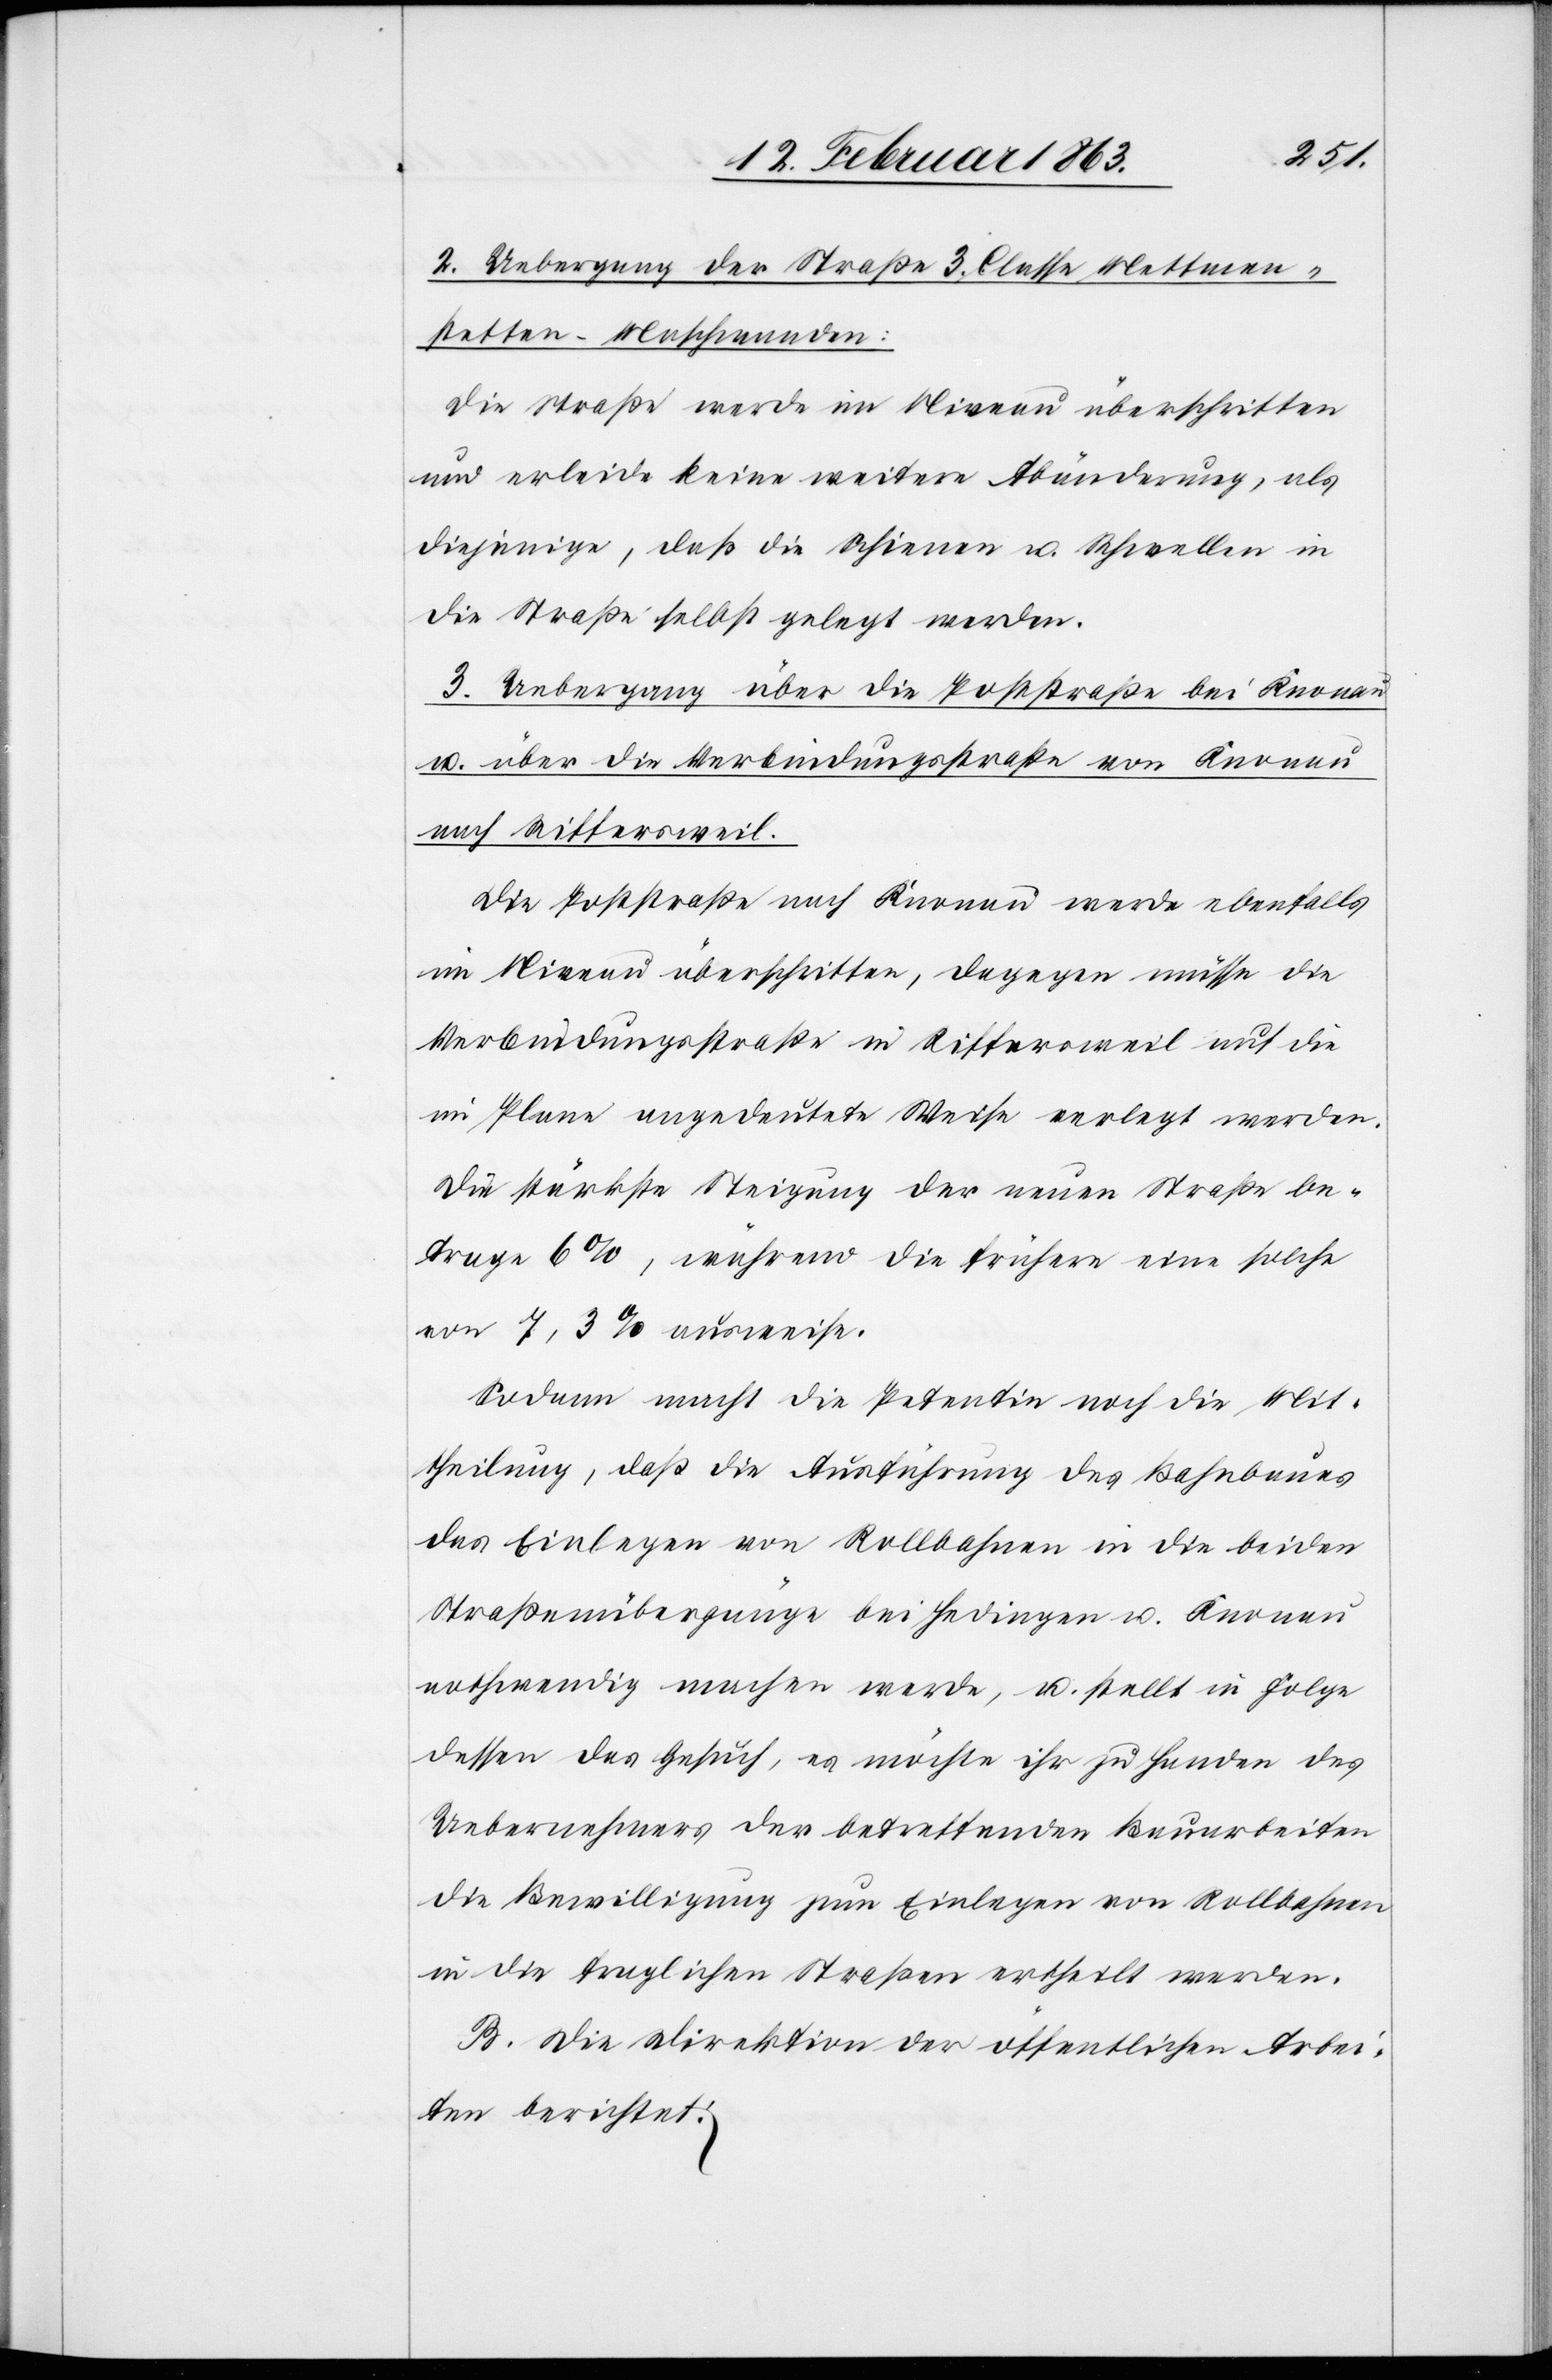
2. Uebergang der Straße 3. Classe Mettmen¬
stetten–Maschwanden:
Die Straße werde im Niveau überschritten
und erleide keine weitere Abänderung, als
diejenige, daß die Schienen u. Schwellen in
die Straße selbst gelegt werden.
3. Uebergang über die Poststraße bei Knonau
u. über die Verbindungsstraße von Knonau
nach Riffersweil.
Die Poststraße nach Knonau werde ebenfalls
im Niveau überschritten, dagegen müsse die
Verbindungsstraße in Riffersweil auf die
im Plane angedeutete Weise verlegt werden.
Die stärkste Steigung der neuen Straße be¬
trage 6%, während die frühern eine solche
von 7,3% ausweise.
Sodann macht die Petentin noch die Mit¬
theilung, daß die Ausführung des Bahnbaues
das Einlegen von Rollbahnen in die beiden
Straßenübergänge bei Hedingen u. Knonau
nothwendig machen werde, u. stellt in Folge
dessen das Gesuch, es möchte ihr zu Handen des
Uebernehmers der betreffenden Bauarbeiten
die Bewilligung zum Einlegen von Rollbahnen
in die fraglichen Straßen ertheilt werden.
B. Die Direktion der öffentlichen Arbei¬
ten berichtet: